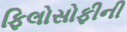
ફિલોસોફીની